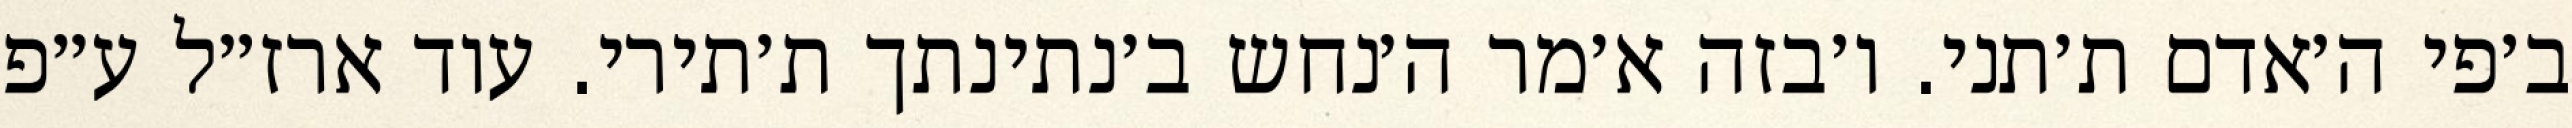
ב׳פי ה׳אדם ת׳תני. ו׳בזה א׳מר ה׳נחש ב׳נתינתך ת׳תירי. עוד ארז״ל ע״פ